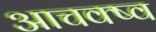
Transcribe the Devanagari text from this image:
आचक्ष्व